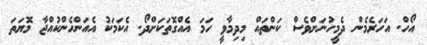
އޯހް. އަހަރެމެން ދެމީހުނަށްވެސް ކަންތައް މިދިމާވީ ހަމަ އެއްގޮތަކަށްދޯ. އެކަމަކު އެއަންހެންކުއްޖާ މޮޔަތަ